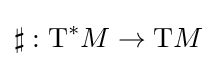
\sharp :\mathrm {T} ^{*}M\to \mathrm {T} M